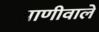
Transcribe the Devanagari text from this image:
पाणीवाले